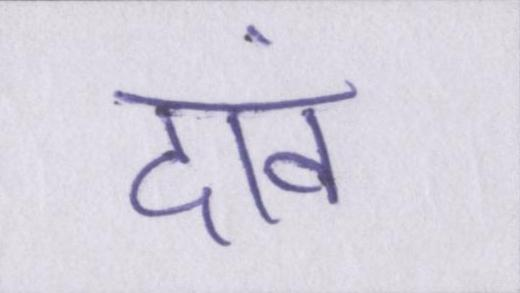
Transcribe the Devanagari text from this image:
दावं